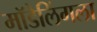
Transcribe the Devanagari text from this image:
मॉडेलिंगला